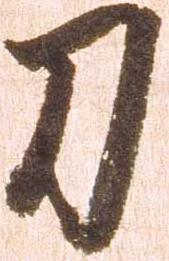
刀